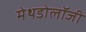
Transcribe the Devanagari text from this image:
मेथडोलॉजी